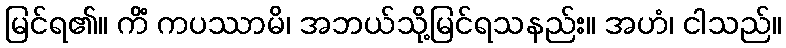
မြင်ရ၏။ ကိံ ကပဿာမိ၊ အဘယ်သို့မြင်ရသနည်း။ အဟံ၊ ငါသည်။